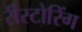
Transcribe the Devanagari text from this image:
रीस्टोरिंग